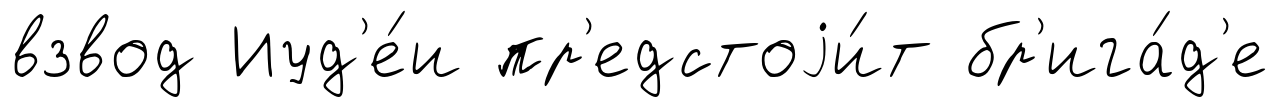
взвод Иуд'е́и пр'едстоjи́т бр'ига́д'е